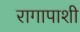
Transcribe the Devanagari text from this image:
रागापाशी